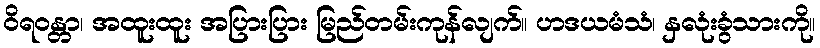
ဝိရဝန္တာ၊ အထူးထူး အပြားပြား မြည်တမ်းကုန်လျက်။ ဟဒယမံသံ၊ နှလုံးခွံသားကို။